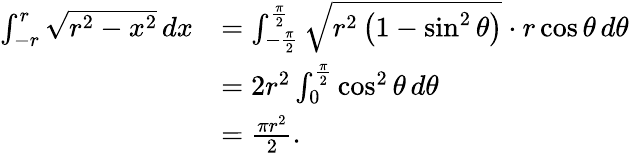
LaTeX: {\begin{array}{rl}{\int_{-r}^{r}{\sqrt{r^{2}-x^{2}}}\, dx}&{=\int_{-{\frac{\pi}{2}}}^{\frac{\pi}{2}}{\sqrt{r^{2}\left(1-\sin^{2}\theta\right)}}\cdot r\cos\theta\, d\theta}\\ &{=2r^{2}\int_{0}^{\frac{\pi}{2}}\cos^{2}\theta\, d\theta}\\ &{={\frac{\pi r^{2}}{2}}.}\end{array}}